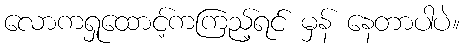
လောကရှုထောင့်ကကြည့်ရင် မှန် နေတာပါပဲ။